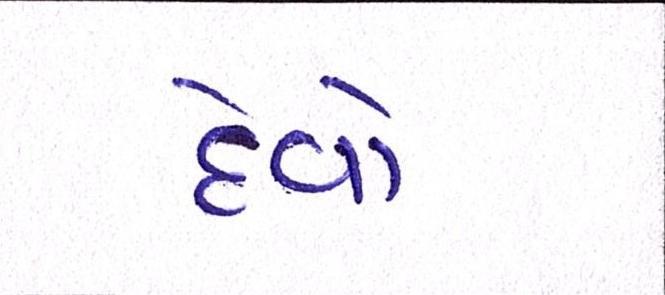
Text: દેવો